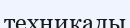
техникалы